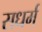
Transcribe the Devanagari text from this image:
सधर्म